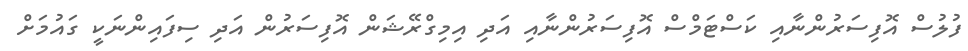
ފުލުސް އޮފިސަރުންނާއި ކަސްޓަމްސް އޮފިސަރުންނާއި އަދި އިމިގްރޭޝަން އޮފިސަރުން އަދި ސިފައިންނަކީ ގައުމަށް